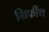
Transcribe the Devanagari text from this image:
ग्रिफीथ